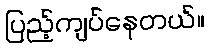
ပြည့်ကျပ်နေတယ်။